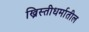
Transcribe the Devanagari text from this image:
ख्रिस्तीधर्मातील